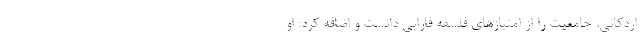
اردکانی، جامعیت را از امتیازهای فلسفه فارابی دانست و اضافه کرد: او